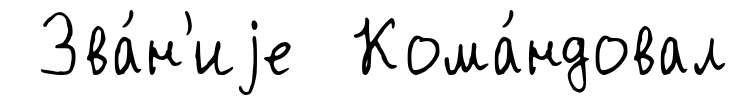
Зва́н'иjе Кома́ндовал